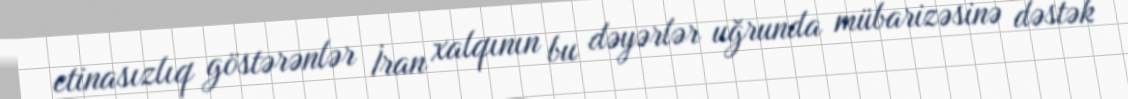
etinasızlıq göstərənlər İran xalqının bu dəyərlər uğrunda mübarizəsinə dəstək